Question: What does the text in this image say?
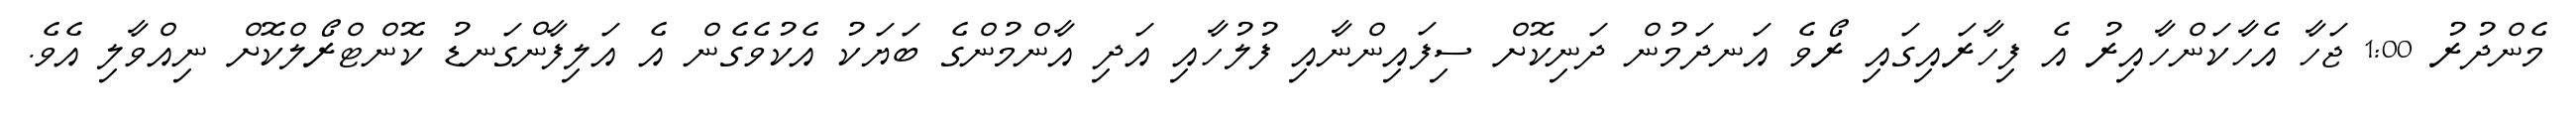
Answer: މެންދުރު 1:00 ޖަހާ އެހާކަންހާއިރު އެ ފިހާރައިގައި ރޯވެ އަނދަމުން ދަނިކޮށް ސިފައިންނާއި ފުލުހާއި އަދި އާންމުންގެ ބަޔަކު އެކުވެގެން އެ އަލިފާންގަނޑު ކޮންޓްރޯލްކޮށް ނިއްވާލި އެވެ.